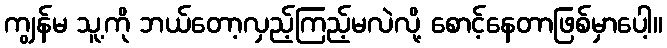
ကျွန်မ သူ့ကို ဘယ်တော့လှည့်ကြည့်မလဲလို့ စောင့်နေတာဖြစ်မှာပေါ့။